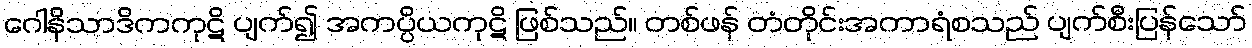
ဂေါနိသာဒိကကုဋိ ပျက်၍ အကပ္ပိယကုဋိ ဖြစ်သည်။ တစ်ဖန် တံတိုင်းအကာရံစသည် ပျက်စီးပြန်သော်